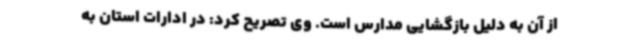
از آن به دلیل بازگشایی مدارس است. وی تصریح کرد: در ادارات استان به